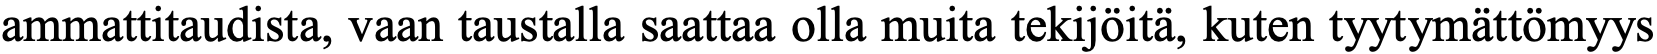
ammattitaudista, vaan taustalla saattaa olla muita tekijöitä, kuten tyytymättömyys